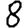
Digit: 8